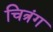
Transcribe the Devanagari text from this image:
चित्रंग